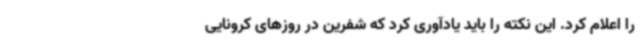
را اعلام کرد. این نکته را باید یادآوری کرد که شفرین در روزهای کرونایی